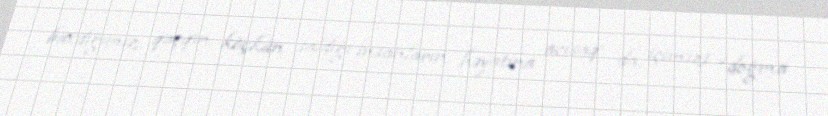
baxdığımız, qaçqın, köçkün saldığı insanların həyatına acısaq da, içimizi “doğma